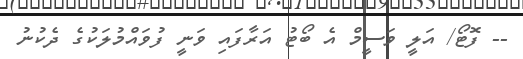
-- ފޮޓޯ/ އަލީ ވަސީމް އެ ބޯޓު އަރާފައި ވަނީ ފުވައްމުލަކުގެ ދެކުނު